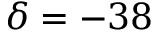
\delta = - 3 8